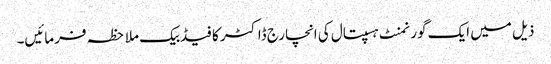
ذیل میں ایک گورنمنٹ ہسپتال کی انچارج ڈاکٹر کا فیڈبیک ملاحظہ فرمائیں۔